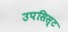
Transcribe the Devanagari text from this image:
उपसिस्ट